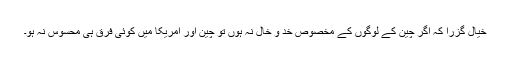
خیال گزرا کہ اگر چین کے لوگوں کے مخصوص خد و خال نہ ہوں تو چین اور امریکا میں کوئی فرق ہی محسوس نہ ہو۔